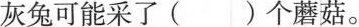
灰兔可能采了()个蘑菇。